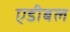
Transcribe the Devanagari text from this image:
एडीबल